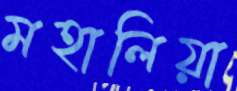
মহালিয়া